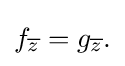
\displaystyle {f_{\overline {z}}=g_{\overline {z}}.}